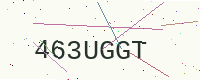
Text: 463UGGT